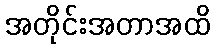
အတိုင်းအတာအထိ